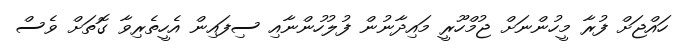
ހައްޖަށް ފުރާ މީހުންނަށް ޖުމްހޫރީ މައިދާނުން ފުލުހުންނާއި ސިފައިން އެހީތެރިވާ ގޮތަށް ވެސް